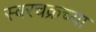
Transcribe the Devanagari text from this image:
स्वरचक्रच्या